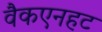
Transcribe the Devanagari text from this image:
वैकएनहट